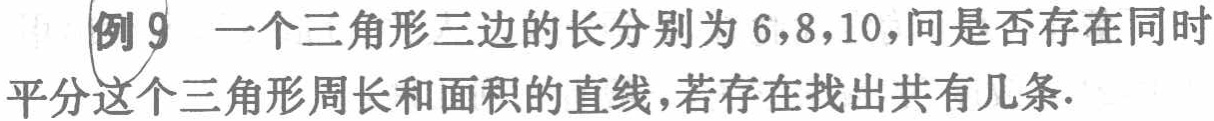
例9 一个三角形三边的长分别为6,8,10,问是否存在同时平分这个三角形周长和面积的直线,若存在找出共有几条.